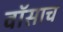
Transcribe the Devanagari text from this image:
वॉसाच